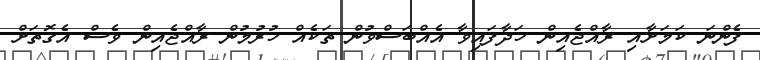
ފެންނަ ކަމަށާއި ރާއްޖެއިން ހަދާފައިވާ އެއްބަސްވުން ތަކެއް ހުރުމުން ރާއްޖެއިން ވެސް އެގޮތަށް